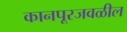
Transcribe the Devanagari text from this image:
कानपूरजवळील